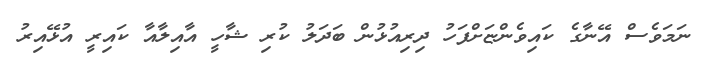
ނަމަވެސް އޭނާގެ ކައިވެންޏަށްފަހު ދިރިއުޅުން ބަދަލު ކުރި ޝާހީ އާއިލާއާ ކައިރީ އުޅޭއިރު